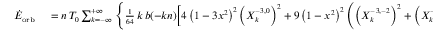
\small \begin{array} { r l } { \dot { E } _ { \mathrm { o r b } } } & { { } = n \, { \cal T } _ { 0 } \sum _ { k = - \infty } ^ { + \infty } \Bigg \{ \frac { 1 } { 6 4 } \, k \, b ( - k n ) \bigg [ 4 \left( 1 - 3 x ^ { 2 } \right) ^ { 2 } \left( X _ { k } ^ { - 3 , 0 } \right) ^ { 2 } + 9 \left( 1 - x ^ { 2 } \right) ^ { 2 } \left( \left( X _ { k } ^ { - 3 , - 2 } \right) ^ { 2 } + \left( X _ { k } ^ { - 3 , 2 } \right) ^ { 2 } \right) \bigg ] } \end{array}